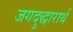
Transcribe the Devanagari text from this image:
जगदुद्धारार्थ